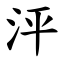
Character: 泙